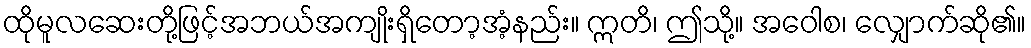
ထိုမူလဆေးတို့ဖြင့်အဘယ်အကျိုးရှိတော့အံ့နည်း။ ဣတိ၊ ဤသို့။ အဝေါစ၊ လျှောက်ဆို၏။